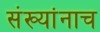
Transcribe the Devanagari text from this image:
संख्यांनाच